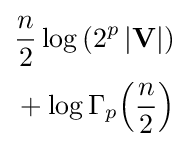
{\begin{aligned}&{\frac {n}{2}}\log \left(2^{p}\left|\mathbf {V} \right|\right)\\[2pt]&+\log \Gamma _{p}{\left({\frac {n}{2}}\right)}\end{aligned}}